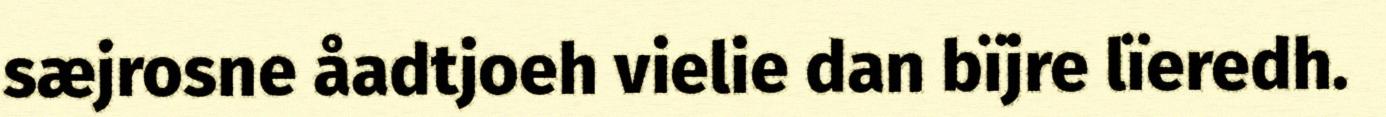
sæjrosne åadtjoeh vielie dan bïjre lïeredh.